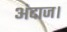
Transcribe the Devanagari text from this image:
अंदाज।